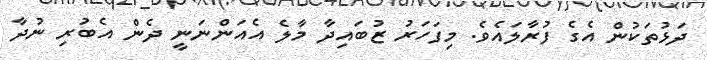
ދަޅުތަކުން އެގެ ފުރާލައެވެ. މިފަހަރު ޒުބައިދާ މާލެ އެއަންނަނީ ދެން އެބުރި ނުދާ